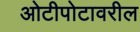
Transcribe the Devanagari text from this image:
ओटीपोटावरील